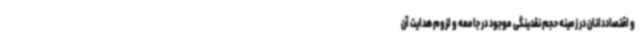
و اقتصاددانان در زمینه حجم نقدینگی موجود در جامعه و لزوم هدایت آن